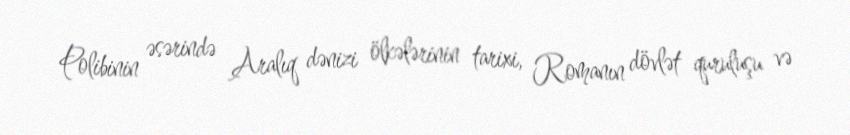
Polibinin əsərində Aralıq dənizi ölkələrinin tarixi, Romanın dövlət quruluşu və